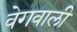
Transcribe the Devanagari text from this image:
वेगवाली